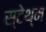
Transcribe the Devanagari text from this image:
स्टेथ्म